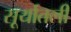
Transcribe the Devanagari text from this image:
सूर्यातली